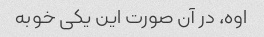
اوه، در آن صورت این یکی خوبه